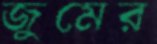
জুমের